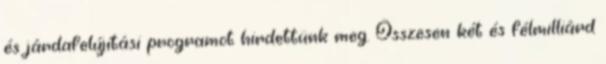
és járdafelújítási programot hirdettünk meg. Összesen két és félmilliárd